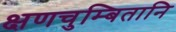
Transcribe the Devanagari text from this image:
क्षणचुम्बितानि